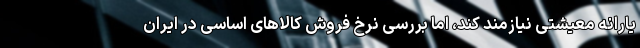
یارانه ‌معیشتی نیازمند کند، اما بررسی نرخ فروش کالاهای اساسی در ایران